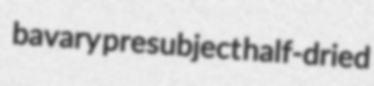
bavary presubject half-dried